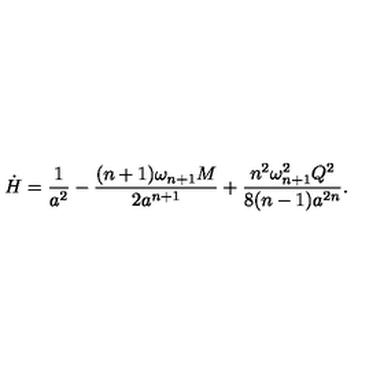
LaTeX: \dot { H } = { \frac { 1 } { a ^ { 2 } } } - { \frac { ( n + 1 ) \omega _ { n + 1 } M } { 2 a ^ { n + 1 } } } + { \frac { n ^ { 2 } \omega _ { n + 1 } ^ { 2 } Q ^ { 2 } } { 8 ( n - 1 ) a ^ { 2 n } } } .